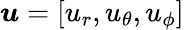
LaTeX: \boldsymbol{u}=\left[u_{r},u_{\theta},u_{\phi}\right]